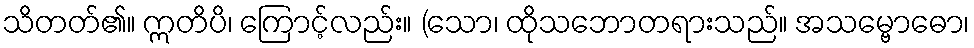
သိတတ်၏။ ဣတိပိ၊ ကြောင့်လည်း။ (သော၊ ထိုသဘောတရားသည်။ အသမ္ဗောဓော၊